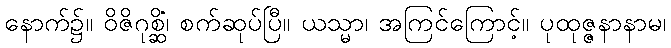
နောက်၌။ ဝိဇိဂုစ္ဆိံ၊ စက်ဆုပ်ပြီ။ ယသ္မာ၊ အကြင်ကြောင့်။ ပုထုဇ္ဇနာနာမ၊